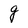
Character: g